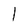
Character: 1